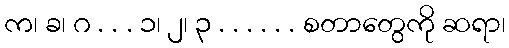
က၊ ခ၊ ဂ . . . ၁၊ ၂၊ ၃ . . . . . . စတာတွေကို ဆရာ၊